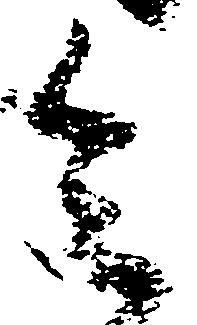
令